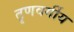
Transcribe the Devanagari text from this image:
तॄणवर्गीय